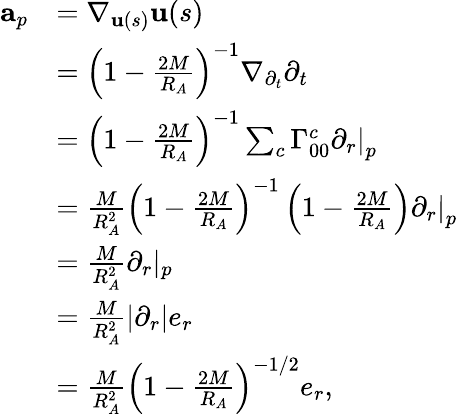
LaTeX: \begin{array}{rl}{\mathbf{a}_{p}}&{=\nabla_{\mathbf{u}(s)}\mathbf{u}(s)}\\ &{=\left(1-\frac{2M}{R_{A}}\right)^{-1}\nabla_{\partial_{t}}\partial_{t}}\\ &{=\left(1-\frac{2M}{R_{A}}\right)^{-1}\sum_{c}\Gamma_{00}^{c}\left.\partial_{r}\right\vert_{p}}\\ &{=\frac{M}{R_{A}^{2}}\left(1-\frac{2M}{R_{A}}\right)^{-1}\left(1-\frac{2M}{R_{A}}\right)\left.\partial_{r}\right\vert_{p}}\\ &{=\frac{M}{R_{A}^{2}}\partial_{r}\vert_{p}}\\ &{=\frac{M}{R_{A}^{2}}\left\vert\partial_{r}\right\vert e_{r}}\\ &{=\frac{M}{R_{A}^{2}}\left(1-\frac{2M}{R_{A}}\right)^{-1/2}e_{r},}\end{array}